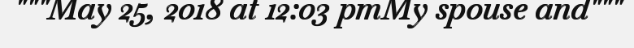
"""May 25, 2018 at 12:03 pmMy spouse and"""